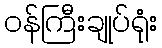
ဝန်ကြီးချုပ်ရုံး